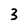
Character: 3